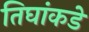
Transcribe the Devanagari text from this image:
तिघांकडे